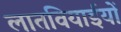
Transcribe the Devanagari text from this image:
लातवियाईयों